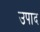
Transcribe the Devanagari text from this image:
उपाद